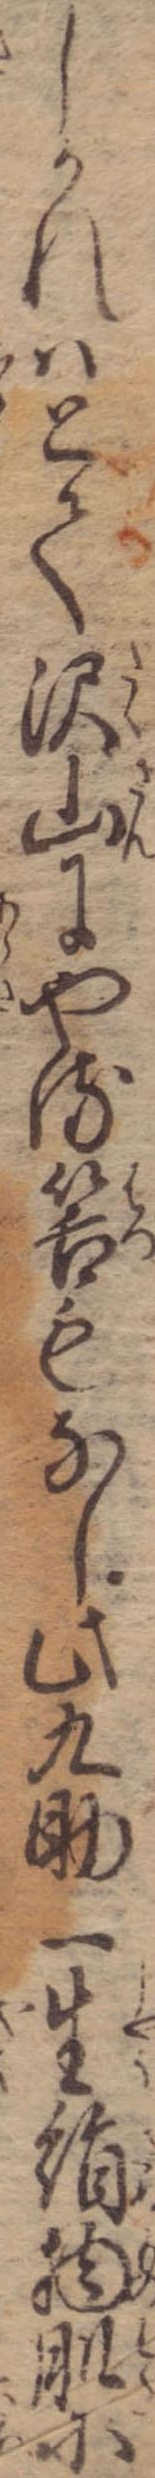
しかれはとて沢山にやる筈もなし此九助一生絹物肌に